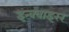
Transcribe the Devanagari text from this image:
इन्क्वाइरर